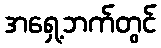
အရှေ့ဘက်တွင်